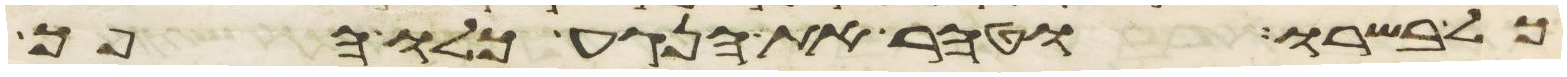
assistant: כל בשרו וטהר את הנגע כלו הפך